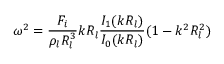
\omega ^ { 2 } = \frac { F _ { i } } { \rho _ { l } R _ { l } ^ { 3 } } k R _ { l } \frac { I _ { 1 } ( k R _ { l } ) } { I _ { 0 } ( k R _ { l } ) } ( 1 - k ^ { 2 } R _ { l } ^ { 2 } )